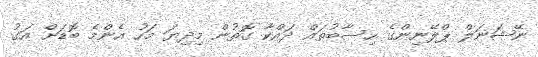
ނޭޝަނަލް ޕްލޭނިންގެ ހިސާބުތައް ދައްކާ ގޮތުން މިދިޔަ މަހު އެންމެ ބޮޑަށް އަގު